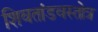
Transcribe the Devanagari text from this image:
शिवतांडवस्तोत्र